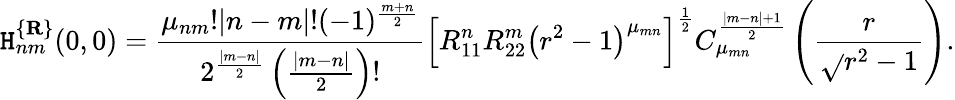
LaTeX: \mathtt{H}_{nm}^{\{ {\mathbf{R}}\} }(0,0)=\frac{{\mu_{nm}!|n-m|!(-1)^{\frac{{m+n}}{2}}}}{{2^{\frac{{|m-n|}}{2}}\left(\frac{{|m-n|}}{2}\right)!}}\left[R_{11}^{n}R_{22}^{m}\left(r^{2}-1\right)^{\mu_{mn}}\right]^{\frac{1}{2}}C_{\mu_{mn}}^{\frac{{|m-n|+1}}{2}}\left(\frac{r}{{\sqrt{}{{r^{2}-1}}}}\right).